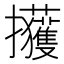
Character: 𫾢